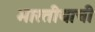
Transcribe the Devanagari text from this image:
भारतीयाची